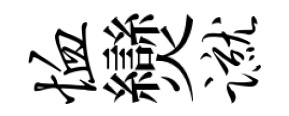
恤𤓖蹴